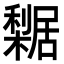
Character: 𣞴